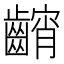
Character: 𱌢